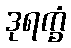
ဒုရက္ခံ